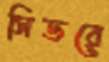
সিডরে